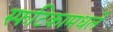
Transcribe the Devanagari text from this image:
स्फटिकामधले